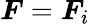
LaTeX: \boldsymbol{F}=\boldsymbol{F}_{i}